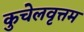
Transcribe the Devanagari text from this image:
कुचेलवृत्तम